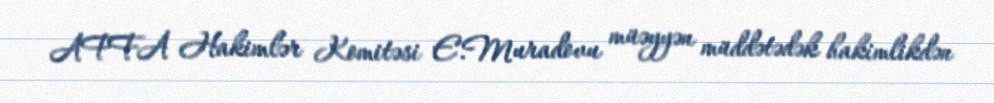
AFFA Hakimlər Komitəsi E.Muradovu müəyyən müddətədək hakimlikdən